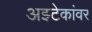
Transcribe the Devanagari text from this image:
अझ्टेकांवर